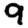
Digit: 9